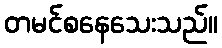
တမင်စနေသေးသည်။